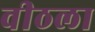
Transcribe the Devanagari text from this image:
वीठला